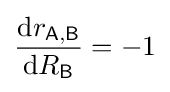
{\frac {{\textrm {d}}r_{\mathsf {A,B}}}{{\textrm {d}}R_{\mathsf {B}}}}=-1